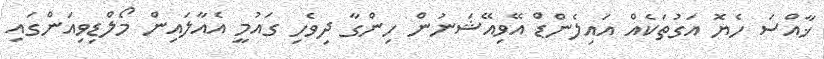
ޚާއްސަ ހެޔޮ އަގުތަކެއް އައިލެންޑް އޭވިއޭޝަނުން ހިންގާ ދިވެހި ގައުމީ އެއާލައިން މޯލްޑިވިއަންގައި